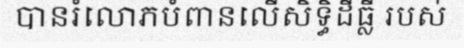
បានរំលោភបំពានលើសិទ្ធិដីធ្លី របស់